画像に写った文字を読んでください
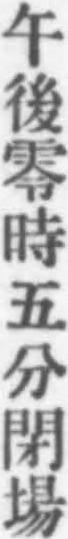
「午後零時五分閉場」と書いてあります